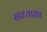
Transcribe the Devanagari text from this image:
साध्याशा